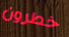
خطرون